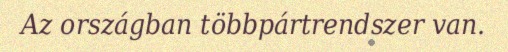
Az országban többpártrendszer van.